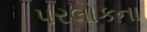
પરલોકના